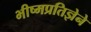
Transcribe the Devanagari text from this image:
भीष्मप्रतिज्ञेने